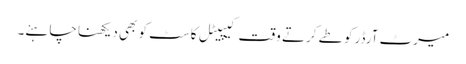
میرٹ آرڈرکو طے کرتے وقت کیپیٹل کاسٹ کو بھی دیکھنا چاہئے۔